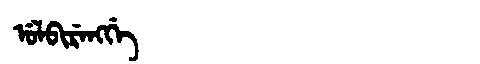
Manchu: ᡠᠯᠪᡳᡵᡝᠩᡤᡝ
Romanization: ULBIRENGGE